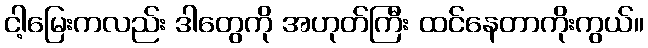
ငါ့မြေးကလည်း ဒါတွေကို အဟုတ်ကြီး ထင်နေတာကိုးကွယ်။